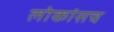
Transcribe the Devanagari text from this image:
लोकांसच